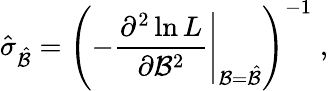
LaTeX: \hat{\sigma}_{\hat{{\cal B}}}=\left(\left.-\frac{\partial^{2}\ln L}{\partial{\cal B}^{2}}\right|_{{\cal B}=\hat{{\cal B}}}\right)^{-1}\; ,